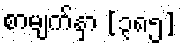
စာမျက်နှာ [၃၈၅]